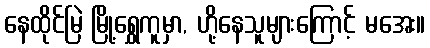
နေထိုင်မြဲ မြို့ရွှေကူမှာ, ဟို့နေသူများကြောင့် မအေး။